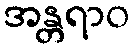
အန္တရာဝ